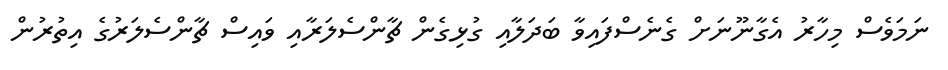
ނަމަވެސް މިހާރު އެގާނޫނަށް ގެނެސްފައިވާ ބަދަލާއި ގުޅިގެން ޗާންސެލަރާއި ވައިސް ޗާންސެލަރުގެ އިތުރުން